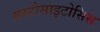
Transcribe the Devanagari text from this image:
मस्टोसाइटोसिस